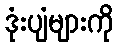
ဒုံးပျံများကို